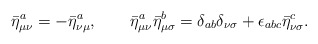
\begin{align*} {\bar{\eta}^a}_{\mu \nu} = -{\bar{\eta}^a}_{\nu \mu}, \qquad {\bar{\eta}^a}_{\mu \nu}{\bar{\eta}^b}_{\mu \sigma} = {\delta}_{ab} {\delta}_{\nu \sigma} + {\epsilon}_{abc} {\bar{\eta}^c}_{\nu \sigma}.\end{align*}